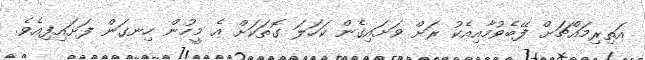
އަތިރިމައްޗަށް ފޭބެވުމާއިއެކު ރަށް ވަށައިިގެން ކަހަލަ ގޮތަކަށް އެ މީހުން ހިނގަން ފަށައިފިއެވެ.